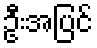
ဦးအပြင်